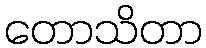
တောသိတာ